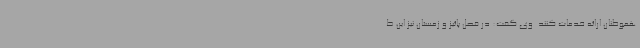
هموطنان ارائه خدمات کنند. وی گفت: در فصل پائیز و زمستان نیز این ط